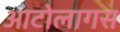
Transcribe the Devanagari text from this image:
आटोलागस